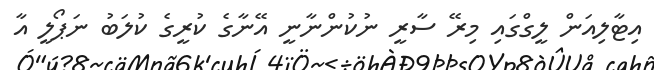
އިޓާލިއަން ލީގްގައި މިރޭ ސާރީ ނުކުންނާނީ އޭނާގެ ކުރީގެ ކުލަބު ނަޕޯލީ އާ